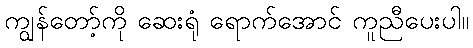
ကျွန်တော့်ကို ဆေးရုံ ရောက်အောင် ကူညီပေးပါ။